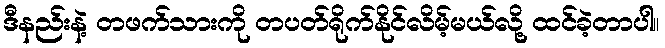
ဒီနည်းနဲ့ တဖက်သားကို တပတ်ရိုက်နိုင်လိမ့်မယ်လို့ ထင်ခဲ့တာပါ။